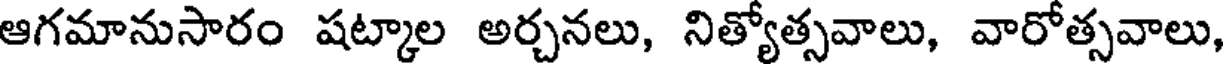
ఆగమానుసారం షట్కాల అర్చనలు, నిత్యోత్సవాలు, వారోత్సవాలు,